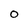
Character: 0